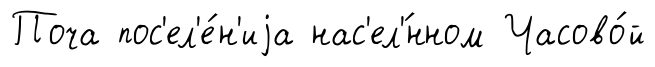
Поча пос'ел'е́н'иjа нас'ел'́нном Часово́й